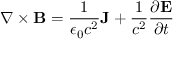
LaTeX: \nabla \times \mathbf { B } = { \frac { 1 } { \epsilon _ { 0 } c ^ { 2 } } } \mathbf { J } + { \frac { 1 } { c ^ { 2 } } } { \frac { \partial \mathbf { E } } { \partial t } }